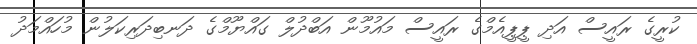
ކުރީގެ ރައީސް އަދި ޕީޕީއެމްގެ ރައީސް މައުމޫން އަބްދުލް ގައްޔޫމްގެ ދަނބިދަރިކަލުން މުހައްމަދު